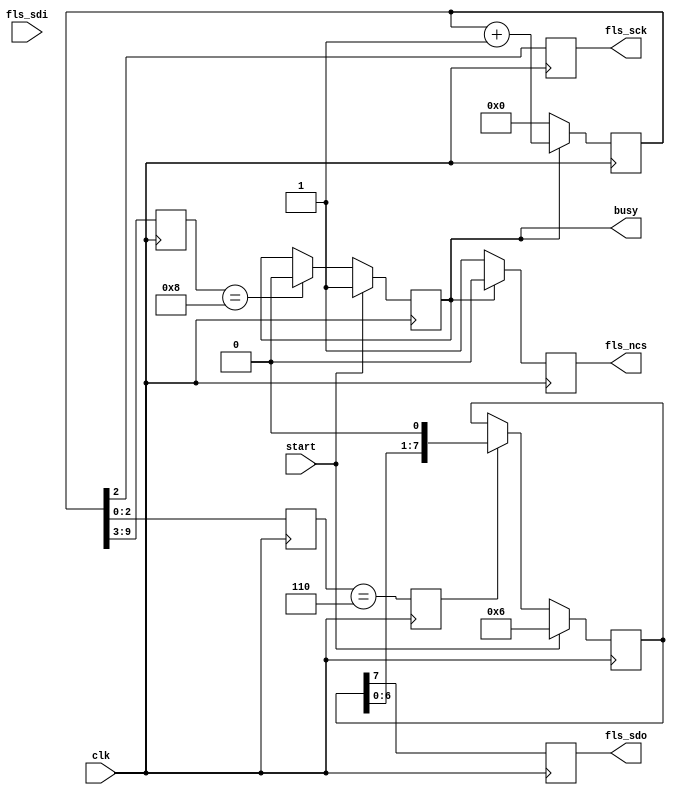
// This program was cloned from: https://github.com/verimake-team/SparkRoad-V
// License: MIT License

`timescale 1ns / 1ps
//////////////////////////////////////////////////////////////////////////////////
// Company: 
// Engineer: 
// 
// Design Name: 
// Module Name: flash_write_enable
// Project Name: 
// Target Devices: 
// Tool Versions: 
// Description: 
// 
// Dependencies: 
// 
// Revision:
// Revision 0.01 - File Created
// Additional Comments:
// 
//////////////////////////////////////////////////////////////////////////////////

module flash_write_enable
(
    input   wire    clk,
    
    // SPI
    output  reg     fls_sck,
    output  reg     fls_ncs,
    output  reg     fls_sdo,
    input   wire    fls_sdi,

    input   wire    start,
    output  reg     busy
);

reg [9:0] cnt;
reg [6:0] cycle_cnt; 
reg [2:0] phase_cnt;
reg [7:0] tx_reg;
reg sft_wen;
reg byte_flag;

initial
begin
    cnt = 0;
    tx_reg = 0;
    busy = 0;
end

// 
always@(posedge clk)
begin
    if(busy)
        cnt <= cnt + 1;
    else
        cnt <= 0;
end

// 
always@(posedge clk)
begin
    cycle_cnt <= cnt[9:3];
end

// 
always@(posedge clk)
begin
    phase_cnt <= cnt[2:0];
end

// SPI
always@(posedge clk)
begin
    fls_sck <= cnt[2];
end

// SPI
always@(posedge clk)
begin
    if(busy)
        fls_ncs <= 0;
    else
        fls_ncs <= 1;
end

// 
always@(posedge clk)
begin
    if(start)
        tx_reg <= {8'h06}; // 
    else if(sft_wen)
        tx_reg <= {tx_reg[6:0],1'b0};
end

// (sck).
always@(posedge clk)
begin
    sft_wen <= (phase_cnt == 6);
end

// 1byte
always@(posedge clk)
begin
    byte_flag <= (cycle_cnt[2:0] == 7) && (phase_cnt == 5);
end

// sdo
always@(posedge clk)
begin
    fls_sdo <= tx_reg[7];
end

// busy
always@(posedge clk)
begin
    if(start)
        busy <= 1;
    else if(cycle_cnt == 8)
        busy <= 0;
end

endmodule